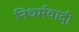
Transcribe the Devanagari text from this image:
निधर्मवादी